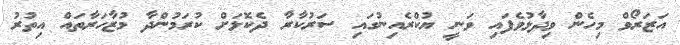
އަޒަރޯވް މިހެން ވިދާޅުވެފައި ވަނީ ޔުކްރެއިނުގައި ސަރުކާރާ ދެކޮޅަށް ކުރަމުންދާ މުޒާހަރާތައް އިތުރު